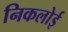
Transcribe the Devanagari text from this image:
निकलोई